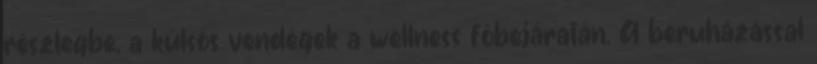
részlegbe, a külsős vendégek a wellness főbejáratán. A beruházással